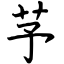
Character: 芧